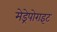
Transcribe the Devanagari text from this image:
मेड्रेपोराइट